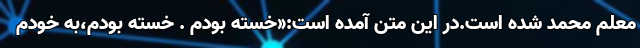
معلم محمد شده است.در این متن آمده است:«خسته بودم . خسته بودم،به خودم